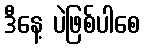
ဒီနေ့ ပဲဖြစ်ပါစေ